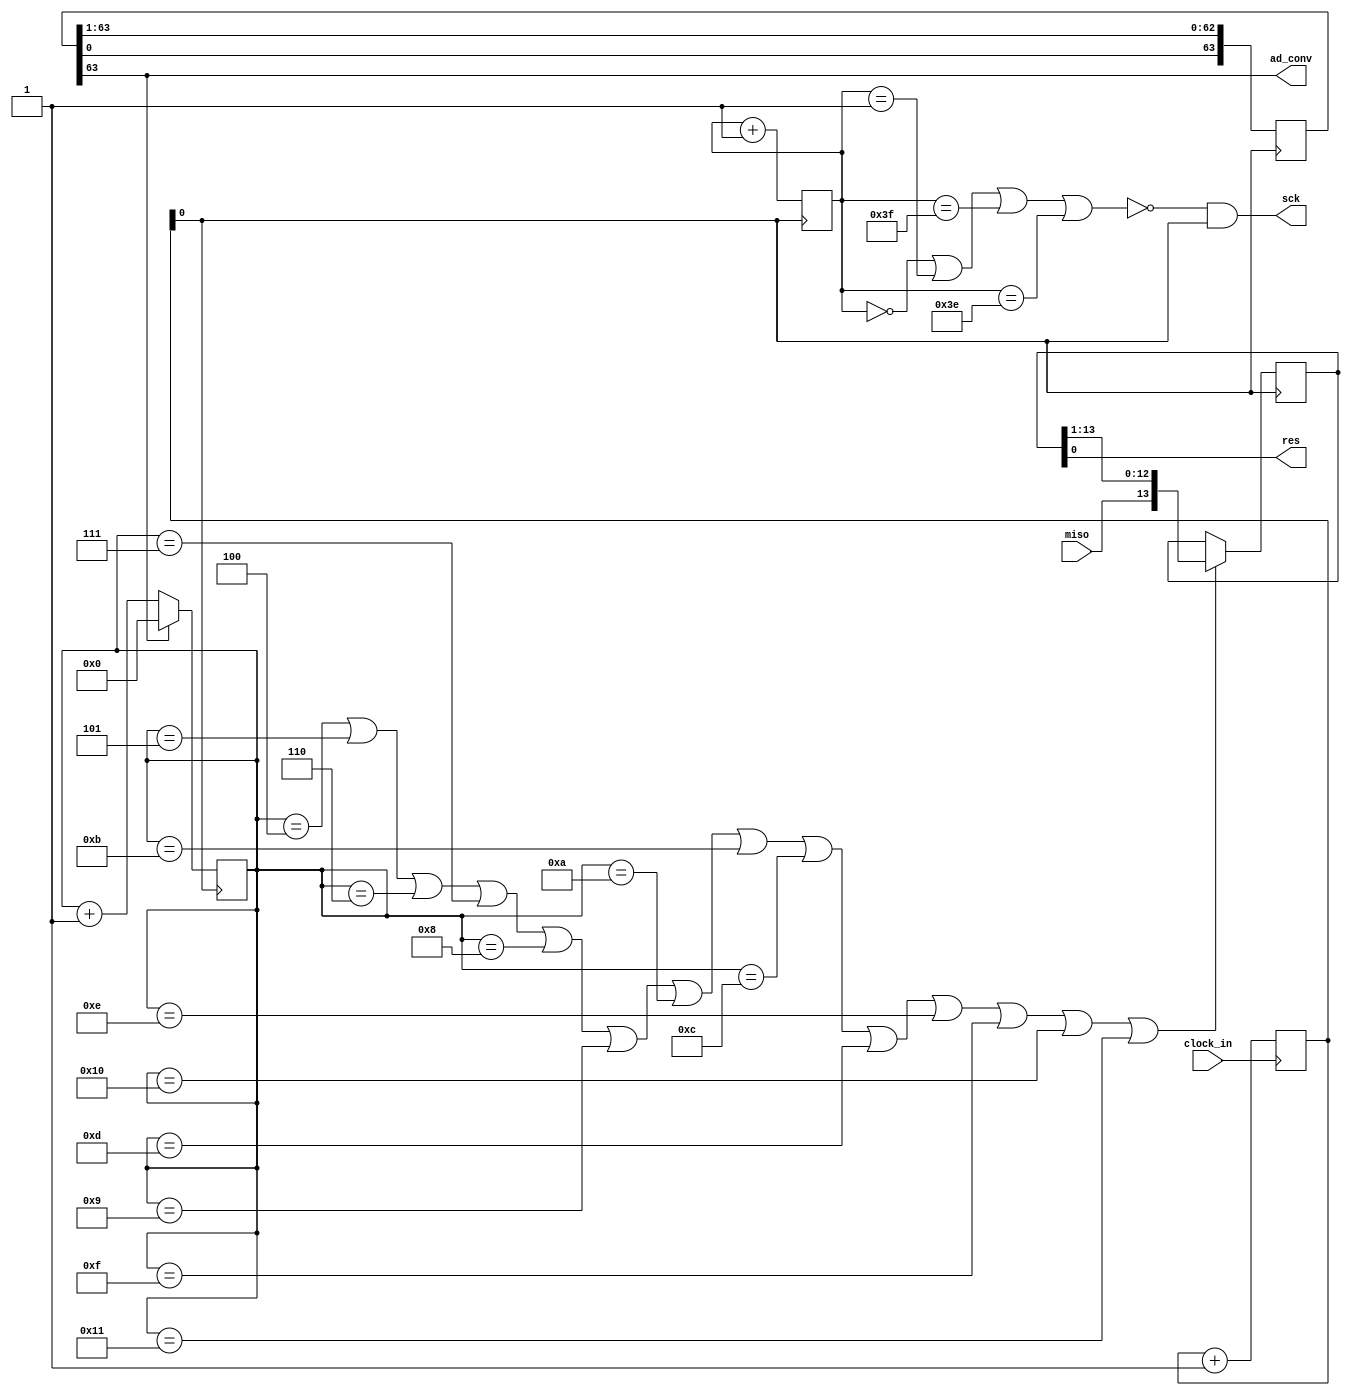
`timescale 1ns / 1ps
//////////////////////////////////////////////////////////////////////////////////
// Company: 
// Engineer: 
// 
// Design Name: 
// Module Name:    adc 
// Project Name: 
// Target Devices: 
// Tool versions: 
// Description: 
//
// Dependencies: 
//
// Revision: 
// Revision 0.01 - File Created
// Additional Comments: 
//
//////////////////////////////////////////////////////////////////////////////////
module adc(
input clock_in,
input miso,
output sck,
output ad_conv,
output res
);

reg [15:0] clock_divider = 16'b0;

always @ (posedge clock_in)
	clock_divider <= clock_divider + 1;

wire clock;
assign clock = clock_divider[0];

//----------ad signal-------------------------
reg [63:0] ad = 64'h8000_0000_0000_0000;

always @ (negedge clock)
	ad <= {ad[0],ad[63:1]};

wire conv = ad[63];
assign ad_conv = conv;
//---------------------------------------------

//----------sck signal-------------------------
reg [5:0] condition = 6'b000000;
always @ (posedge clock)
	condition <= condition + 1;

assign control = (condition == 6'b000000 || condition == 6'b000001 || condition == 6'b111111 || condition == 6'b111110);

wire sck2;
assign sck2 = (~control)&clock;

assign sck = sck2;	
//----------------------------------------------

//----------miso input--------------------------
reg [5:0] pointer = 6'b000000;

always @ (posedge clock)
	if(conv == 1) pointer <= 6'b000000;
	else pointer <= pointer + 1;
	
wire miso_control;
assign miso_control = (pointer == 6'd4 || pointer == 6'd5 || pointer == 6'd6 || pointer == 6'd7 || pointer == 6'd8 || pointer == 6'd9 || pointer == 6'd10 || pointer == 6'd11 || pointer == 6'd12 || pointer == 6'd13 || pointer == 6'd14 || pointer == 6'd15 || pointer == 6'd16 || pointer == 6'd17); 
//                                   13                 12                11                 10                 9                  8                 7                  6                    5                 4                   3                 2                   1                  0

reg [13:0] data;
always @ (negedge clock)
	if(miso_control == 1'b1) data <= {miso,data[13:1]};

assign res = data; 
//----------------------------------------------

endmodule